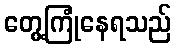
တွေ့ကြုံနေရသည်